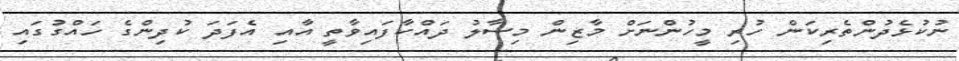
ނުކުޅެދުންތެރިކަން ހުރި މީހުންނަށް މާޒިން މިސާލު ދައްކާފައިވާތީ އާއި އެފަަދަ ކުދިންގެ ހައްގުގައި